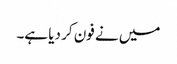
میں نے فون کر دیا ہے۔